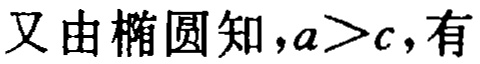
又由椭圆知，\(a>c\)，有